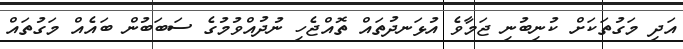
އަދި މަގުތަކަށް ކުނިބުނި ޖަމާވެ އުޅަނދުތައް ތޮއްޖެހި ނުދުއްވުމުގެ ސަބަބުން ބައެއް މަގުތައް